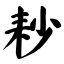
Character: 耖